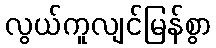
လွယ်ကူလျင်မြန်စွာ